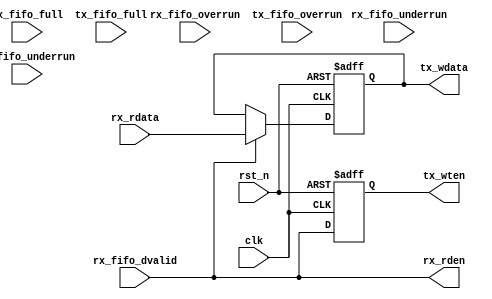
// Tang Primer UART loopback by yoshiki9636
/*
 * UART Loop Example
 *   UART Loop Module for Tang Primer
 *    Verilog code
 * @auther		Yoshiki Kurokawa <yoshiki.k963@gmail.com>
 * @copylight	2020 Yoshiki Kurokawa
 * @license		https://opensource.org/licenses/MIT     MIT license
 * @version		0.1
 */

module uart_loop (
    input clk,
    input rst_n,

	output rx_rden,
	input [7:0] rx_rdata,
	input rx_fifo_full,
	input rx_fifo_dvalid,
	input rx_fifo_overrun,
	input rx_fifo_underrun,

	output [7:0] tx_wdata,
	output reg tx_wten,
	input tx_fifo_full,
	input tx_fifo_overrun,
	input tx_fifo_underrun

);

// loopback

assign rx_rden = rx_fifo_dvalid;

// rx data latch
reg [7:0] rx_data_l;
always @ (posedge clk or negedge rst_n) begin
    if (~rst_n)
        rx_data_l <= 8'd0 ;
    else if (rx_fifo_dvalid)
        rx_data_l <= rx_rdata ;
end

// tx write enable

always @ (posedge clk or negedge rst_n) begin
    if (~rst_n)
        tx_wten <= 1'b0 ;
    else
        tx_wten <= rx_fifo_dvalid ;
end

assign tx_wdata = rx_data_l;


endmodule